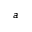
^ a